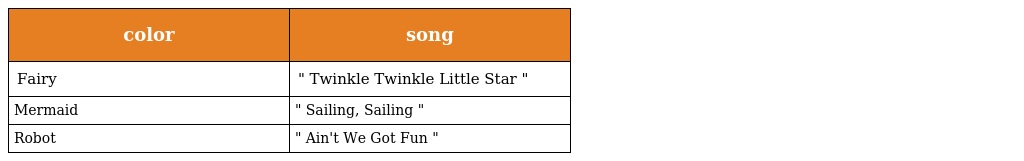
| color | song |
 | --- | --- |
 | Fairy | " Twinkle Twinkle Little Star " |
 | Mermaid | " Sailing, Sailing " |
 | Robot | " Ain't We Got Fun " |